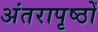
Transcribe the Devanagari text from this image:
अंतरापृष्ठों